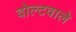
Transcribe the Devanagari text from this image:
वोल्टवाले